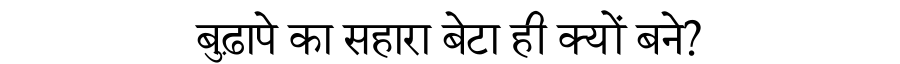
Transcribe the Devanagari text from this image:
बुढ़ापे का सहारा बेटा ही क्यों बने?